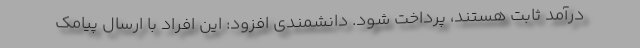
درآمد ثابت هستند، پرداخت شود. دانشمندی افزود: این افراد با ارسال پیامک